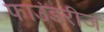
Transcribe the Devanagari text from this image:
फाउंडरीज